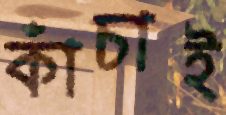
কাঁচাই